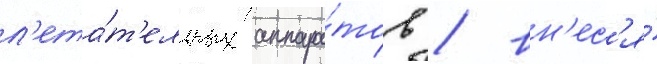
л'ета́т'ельных аппара́тов / вн'ес'я́